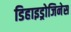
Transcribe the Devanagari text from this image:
डिहाइड्रोजिनेस